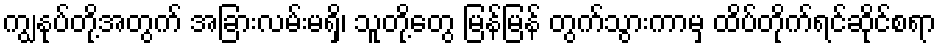
ကျွနုပ်တို့အတွက် အခြားလမ်းမရှိ၊ သူတို့တွေ မြန်မြန် တွက်သွားကာမှ ထိပ်တိုက်ရင်ဆိုင်စရာ